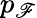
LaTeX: p_{\mathscr{F}}